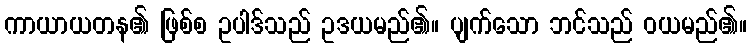
ကာယာယတန၏ ဖြစ်စ ဥပါဒ်သည် ဥဒယမည်၏။ ပျက်သော ဘင်သည် ဝယမည်၏။